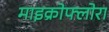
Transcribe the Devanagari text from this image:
माइक्रोफ्लोरा